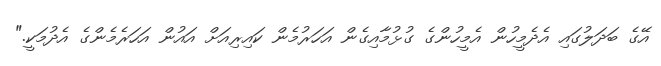
އޭގެ ބަދަލުގައި އެދެމީހުން އެމީހުންގެ ގުޅުމާއިގެން އަހަރުމެން ކައިރިއަށް އައުން އަހަރެމެންގެ އެދުމަކީ."